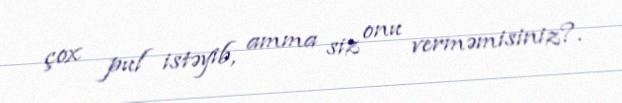
çox pul istəyib, amma siz onu verməmisiniz?.